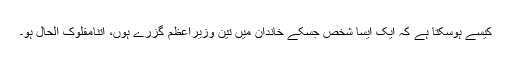
کیسے ہوسکتا ہے کہ ایک ایسا شخص جسکے خاندان میں تین وزیراعظم گزرے ہوں، اتنامفلوک الحال ہو۔